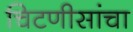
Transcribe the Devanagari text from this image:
चिटणीसांचा